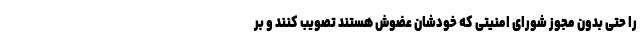
را حتی بدون مجوز شورای امنیتی که خودشان عضوش هستند تصویب کنند و بر